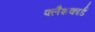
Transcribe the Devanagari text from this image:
फ्लैशकार्ड